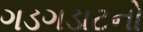
ગડગડાટનો